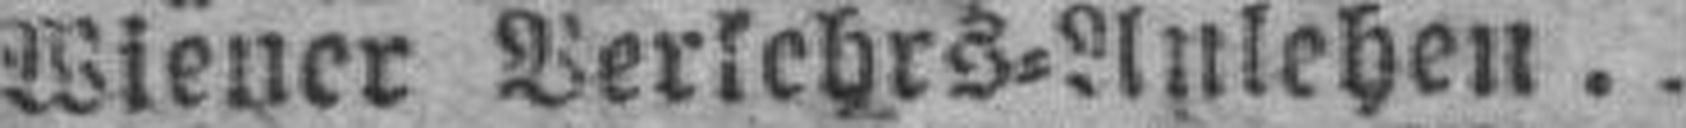
Wiener Verkehrs=Anlehen.